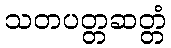
သတပတ္တဆတ္တံ